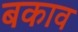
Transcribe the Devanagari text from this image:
बकाव